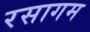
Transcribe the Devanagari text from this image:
रसागम